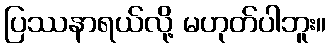
ပြဿနာရယ်လို့ မဟုတ်ပါဘူး။